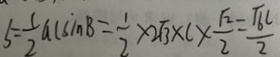
b = \frac { 1 } { 2 } a c \sin B = \frac { 1 } { 2 } \times 2 \sqrt { 3 } \times C \times \frac { \sqrt { 2 } } { 2 } = \frac { \sqrt { 6 } c } { 2 }